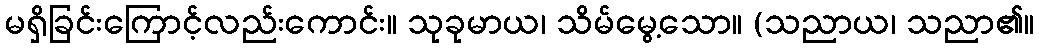
မရှိခြင်းကြောင့်လည်းကောင်း။ သုခုမာယ၊ သိမ်မွေ့သော။ (သညာယ၊ သညာ၏။